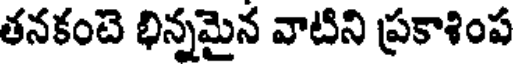
తనకంటె భిన్నమైన వాటిని ప్రకాశింప